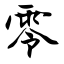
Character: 零